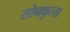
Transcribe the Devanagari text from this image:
सोनकुत्‍ता